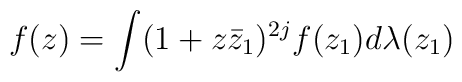
f(z)= \int (1+z\bar{z}_{1})^{2j}f(z_{1})d\lambda(z_{1})